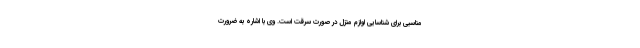
مناسبی برای شناسایی لوازم منزل در صورت سرقت است. وی با اشاره به ضرورت